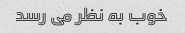
خوب به نظر می رسد